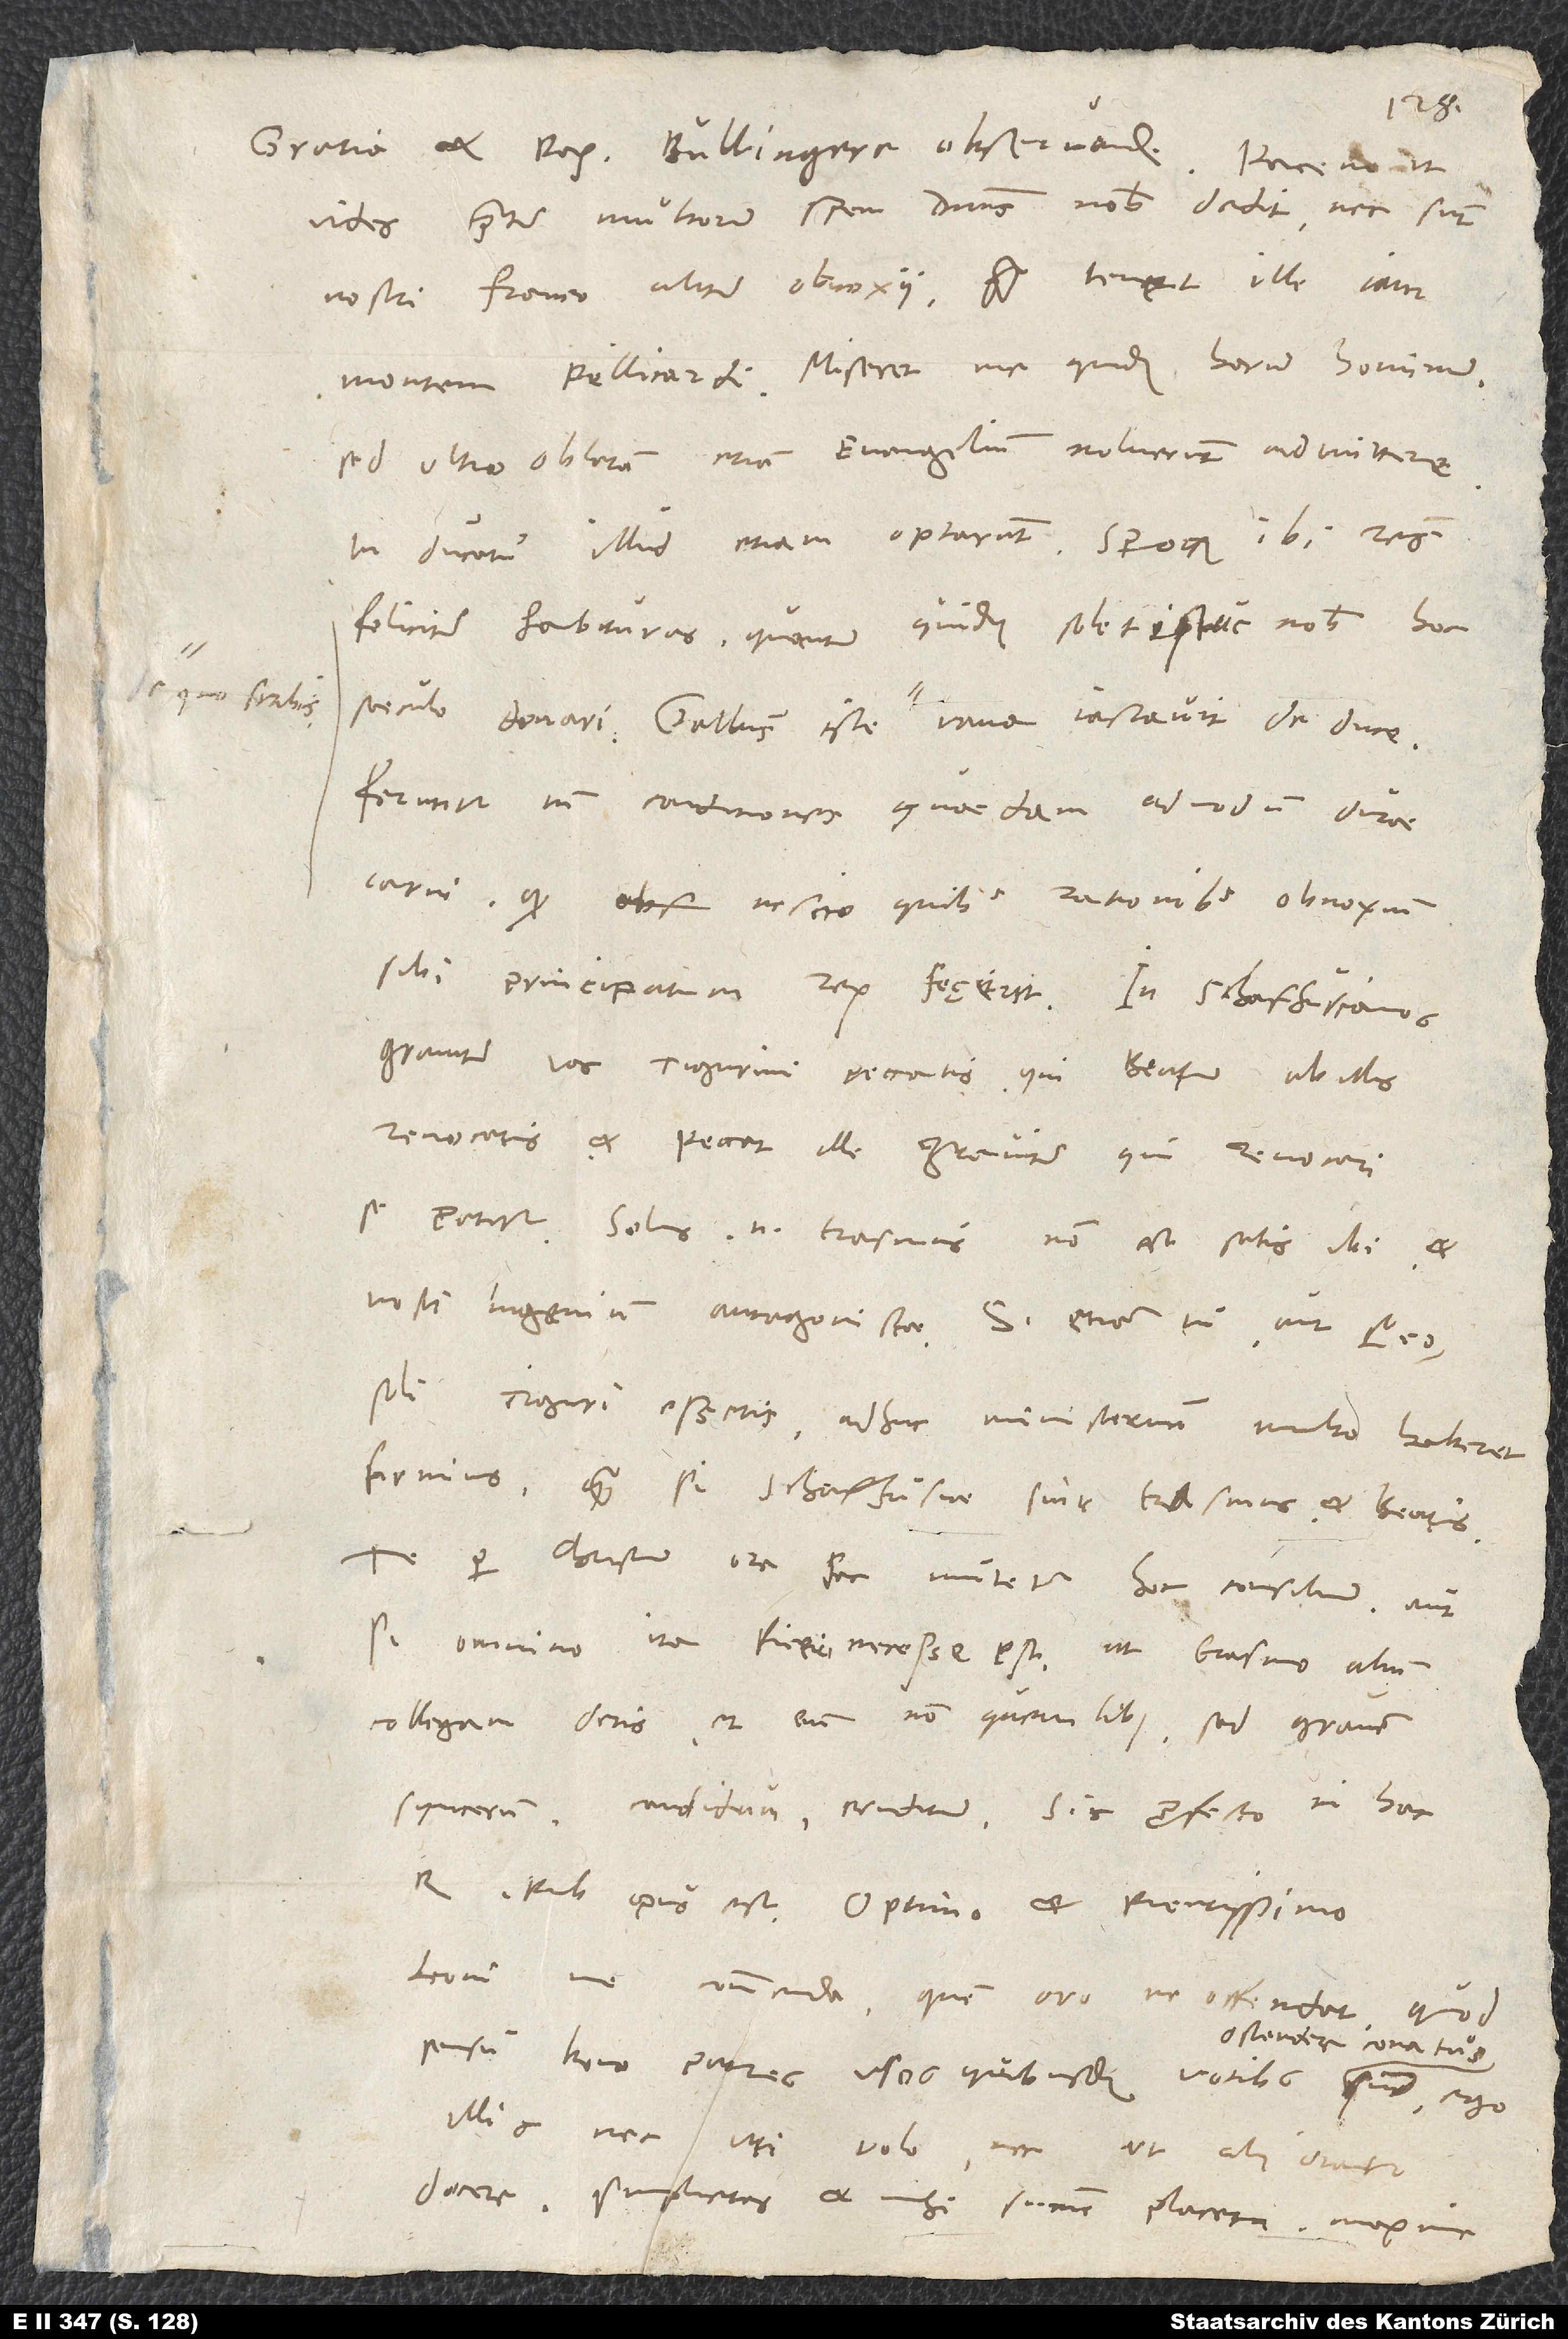
Gratia et pax, Bullingere observande.
vides, praeter multorum spem dominus nobis dedit, nec sunt
nostri Franco aliter obnoxii, quam tenet ille iam
Montem Pellicardi. Miseret me quidem horum hominum.
Sed ultro oblatum etiam evangelium noluerunt admittere.
In ducatu illud etiam optarunt, speroque ibi res
feliciter habituras, quantum quidem solet istuc nobis hoc
Feruntur tamen conditiones quaedam admodum durae
carni, quod nescio quibus rationibus obnoxium
graviter vos Tigurini peccatis, qui Beatum ab illis
revocatis, et peccat ille graviter, qui revocari
se potitur. Solus enim Erasmus non est satis ibi, et
nosti ingenium antagonistae. Si etiam tu aut Leo
soli Tiguri essetis, adhuc ministerium multo haberet
firmius, quam si Schafhusiae sint Erasmus et Beatus.
Te per Christum oro, fac, mutetur hoc consilium, aut
si omnino ita fieri necesse est, ut Erasmo alium
collegam detis, et eum non quemlibet, sed gravem,
syncerum, candidum, eruditum. His profecto in hac
Leoni me commenda, quem oro ne offendat, quod
ostendere conatus
sensu bono patres usos quibusdam vocibus
illis nec uti volo nec, ut alii utantur,
docere. Simplicitas et mihi summe placita, maxime